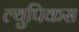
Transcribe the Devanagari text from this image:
ल्युपिकस